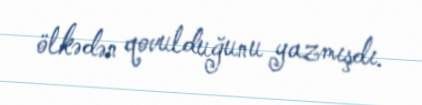
ölkədən qovulduğunu yazmışdı.